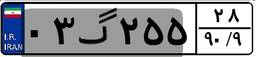
۱۶گ۸۷۷۲۷